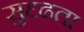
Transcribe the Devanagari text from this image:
सुदृढता